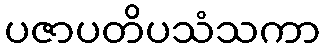
ပဇာပတိပသံသကာ